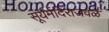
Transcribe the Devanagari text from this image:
सूर्यमंदिराजवळ